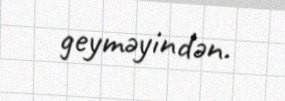
geyməyindən.